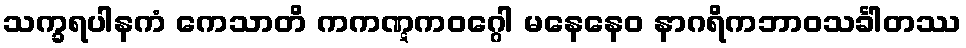
သက္ခရပါနကံ ကေသာတိ ကကဏ္ဋကဝဂ္ဂေါ မနေနေဝ နာဂရိကဘာဝသင်္ခါတဿ